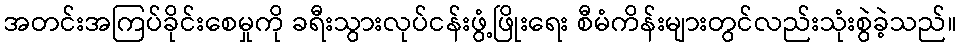
အတင်းအကြပ်ခိုင်းစေမှုကို ခရီးသွားလုပ်ငန်းဖွံ့ဖြိုးရေး စီမံကိန်းများတွင်လည်းသုံးစွဲခဲ့သည်။